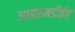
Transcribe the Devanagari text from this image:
आइएमडीईए